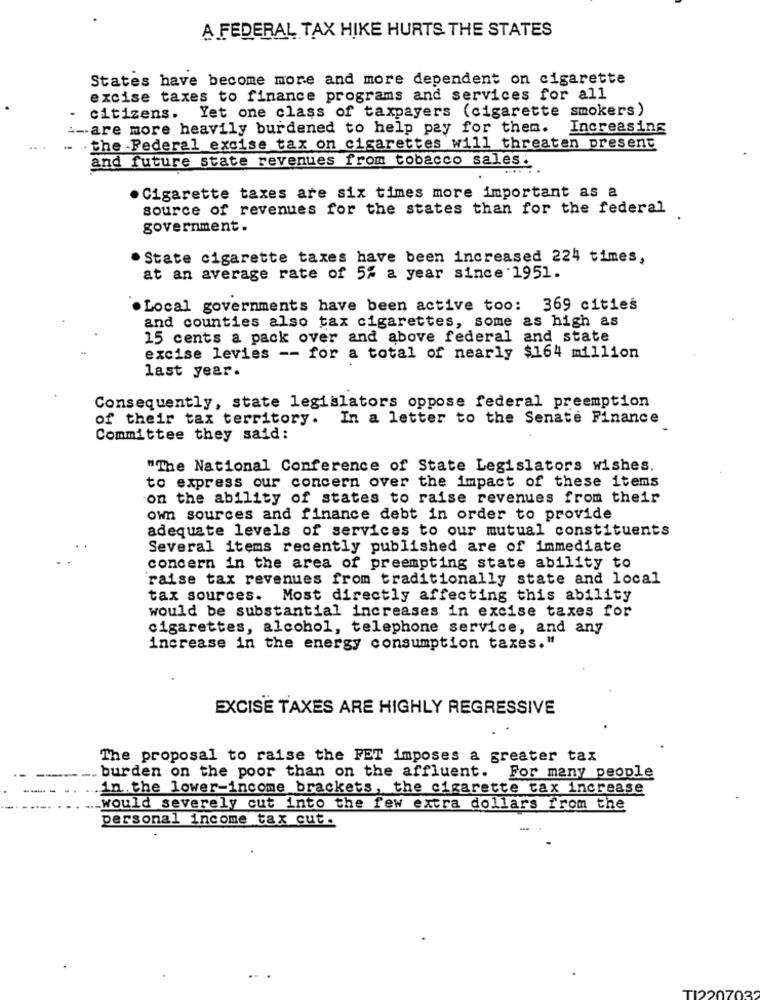
A FEDERAL TAX HIKE HURTS THE STATES
States have become more and more dependent on cigarette
excise taxes to finance programs and services for all
citizens. Yet one class of taxpayers (cigarette smokers)
--- are more heavily burdened to help pay for them. Increasing
. . the -Federal excise tax on cigarettes will threaten present
and future state revenues from tobacco sales:
· Cigarette taxes are six times more important as a
source of revenues for the states than for the federal
government.
. State cigarette taxes have been increased 224 times,
at an average rate of 5% a year since 1951.
. Local governments have been active too: 369 cities
and counties also tax cigarettes, some as high as
15 cents a pack over and above federal and state
excise levies -- for a total of nearly $164 million
last year.
Consequently, state legislators oppose federal preemption
of their tax territory. In a letter to the Senate Finance
Committee they said:
"The National Conference of State Legislators wishes.
to express our concern over the impact of these items
on the ability of states to raise revenues from their
own sources and finance debt in order to provide
adequate levels of services to our mutual constituents
Several items recently published are of immediate
concern in the area of preempting state ability to
raise tax revenues from traditionally state and local
tax sources. Most directly affecting this ability
would be substantial increases in excise taxes for
cigarettes, alcohol, telephone service, and any
increase in the energy consumption taxes."
EXCISE TAXES ARE HIGHLY REGRESSIVE
The proposal to raise the FET imposes a greater tax
burden on the poor than on the affluent. For many people
in the lower-income brackets, the cigarette tax increase
would severely cut into the few extra dollars from the
personal income tax cut .
TI220